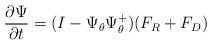
LaTeX: \begin{align*} & \frac{\partial \Psi}{\partial t}=(I-\Psi_{\theta}\Psi_{\theta}^+)(F_R+F_D)\\\end{align*}